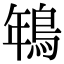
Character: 鵇